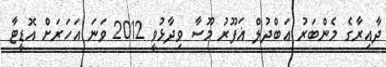
ދާއިރާގެ މެންބަރު ޢަބްދުލް ޣަފޫރު މޫސާ ވިދާޅުވީ 2012 ވަނަ އަހަރަށް އޮޑީޓާ